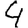
Digit: 4